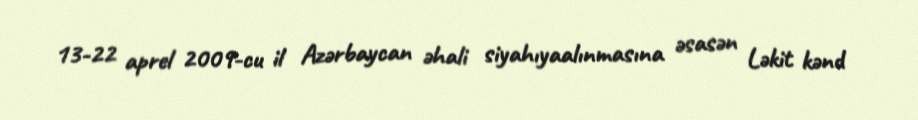
13-22 aprel 2009-cu il Azərbaycan əhali siyahıyaalınmasına əsasən Ləkit kənd